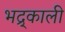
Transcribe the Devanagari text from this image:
भद्र्काली